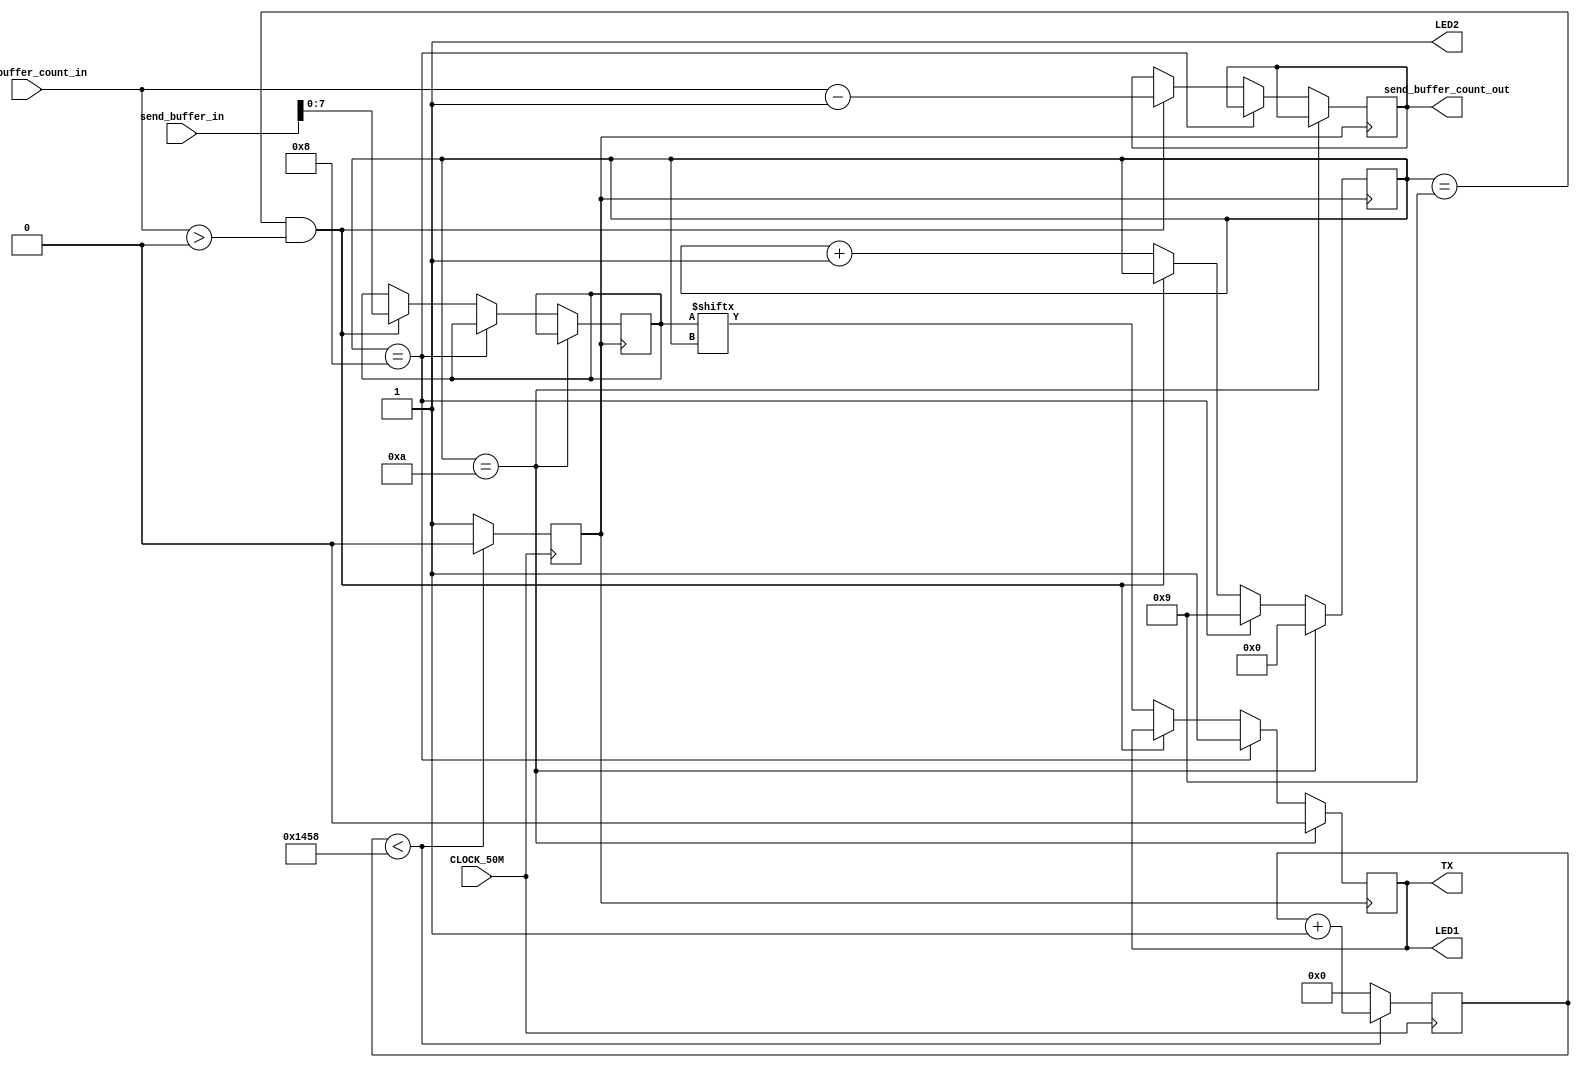
module serial # (
    parameter TRUE = 1'b1,
    parameter FALSE = 1'b0,

    parameter CLOCK_PER_BAUD_RATE = 5208,
    parameter SERIAL_STATE_LAST = 8,
    parameter SERIAL_STATE_SENT = 9,
    parameter SERIAL_STATE_WAIT = 10
)(
    input CLOCK_50M,
    // input RX,
    output TX,
    input [63:0] send_buffer_in,
    input [2:0] send_buffer_count_in,
    // output [63:0] send_buffer_out,
    output [2:0] send_buffer_count_out,
    output LED1,
    output LED2
);

reg [63:0] send_buffer;
reg [2:0] send_buffer_count;
assign send_buffer_out = send_buffer;
assign send_buffer_count_out = send_buffer_count;

/*
 * CLOCK GENERATOR
 */
reg CLOCK = FALSE;
reg [15:0] clock_counter;
always @(posedge CLOCK_50M) begin
    if (clock_counter < CLOCK_PER_BAUD_RATE) begin
        CLOCK <= FALSE;
        clock_counter <= clock_counter + 1;
    end
    else begin
        CLOCK <= TRUE;
        clock_counter <= 0;
    end
end

/*
 * TRANSMIT DATA
 */
// reg serial_state = SERIAL_STATE_WAIT;
reg [7:0] tx_buffer = "A";
reg [3:0] tx_counter = SERIAL_STATE_WAIT; // 0->start bit sent,1=>first bit sent,...8=>wight bit sent,9=>sent, 10=>not send yet
reg tx_state = TRUE;
assign TX = tx_state;
assign LED1 = tx_state;
assign LED2 = TRUE;
// wire send_buffer_input;
// wire send_buffer_count_input;
// assign send_buffer_input = send_buffer;
// assign send_buffer_count_input = send_buffer_count;

always @(posedge CLOCK) begin
    if (tx_counter == SERIAL_STATE_WAIT) begin
        tx_state <= FALSE;
        tx_counter <= 0;
    end
    else if (tx_counter == SERIAL_STATE_LAST) begin
        tx_state <= TRUE;
        tx_counter <= SERIAL_STATE_SENT;
    end
    else if (tx_counter == SERIAL_STATE_SENT && send_buffer_count_in > 0) begin
        tx_buffer <= send_buffer_in[7:0];
        send_buffer <= send_buffer_in >> 8;
        send_buffer_count <= send_buffer_count_in - 1;
    end
    else begin
        tx_state <= tx_buffer[tx_counter];
        tx_counter <= tx_counter + 1;
    end
end

// function send (
//     input dummy
// );
// begin 
//     tx_buffer = "A";
//     tx_counter = SERIAL_STATE_WAIT;
// end
// endfunction

/*
 * RECEIVE DATA
 */
// always @(posedge CLOCK) begin

// end

endmodule